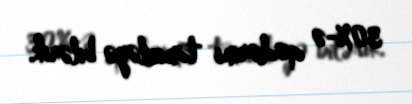
30%-ə qədərini təmizləyə bilərik.